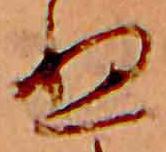
ぬ